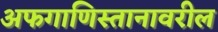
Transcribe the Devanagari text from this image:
अफगाणिस्तानावरील